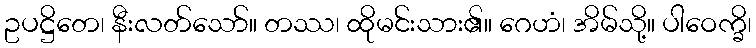
ဥပဋ္ဌိတေ၊ နီးလတ်သော်။ တဿ၊ ထိုမင်းသား၏။ ဂေဟံ၊ အိမ်သို့။ ပါဝေက္ခိ၊